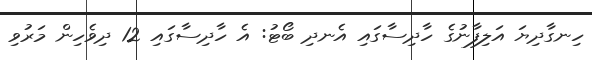
ހިނގާދިޔަ އަލިފާނުގެ ހާދިސާގައި އެނދި ބޯޓު: އެ ހާދިސާގައި 12 ދިވެހިން މަރުވި